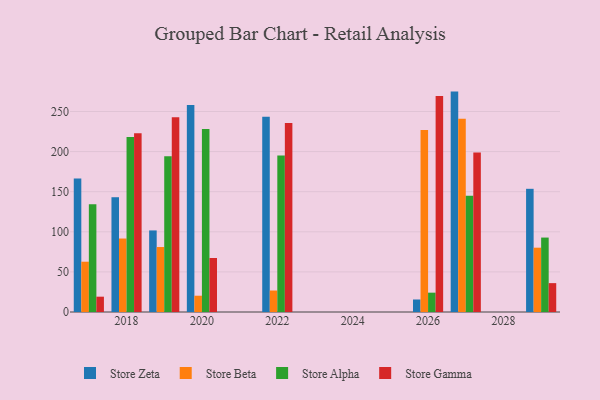
{"axis": {"x": "Year", "y": "Budget (USD K)"}, "legend": ["Store Alpha", "Store Beta", "Store Gamma", "Store Zeta"], "data": [{"x": "2020", "y": 258.0, "type": "Store Zeta"}, {"x": "2020", "y": 20.3, "type": "Store Beta"}, {"x": "2020", "y": 228.2, "type": "Store Alpha"}, {"x": "2020", "y": 67.3, "type": "Store Gamma"}, {"x": "2017", "y": 166.5, "type": "Store Zeta"}, {"x": "2017", "y": 62.7, "type": "Store Beta"}, {"x": "2017", "y": 134.4, "type": "Store Alpha"}, {"x": "2017", "y": 19.1, "type": "Store Gamma"}, {"x": "2022", "y": 243.3, "type": "Store Zeta"}, {"x": "2022", "y": 26.8, "type": "Store Beta"}, {"x": "2022", "y": 195.2, "type": "Store Alpha"}, {"x": "2022", "y": 235.8, "type": "Store Gamma"}, {"x": "2027", "y": 274.8, "type": "Store Zeta"}, {"x": "2027", "y": 241.1, "type": "Store Beta"}, {"x": "2027", "y": 144.9, "type": "Store Alpha"}, {"x": "2027", "y": 198.8, "type": "Store Gamma"}, {"x": "2018", "y": 143.1, "type": "Store Zeta"}, {"x": "2018", "y": 91.6, "type": "Store Beta"}, {"x": "2018", "y": 218.1, "type": "Store Alpha"}, {"x": "2018", "y": 222.9, "type": "Store Gamma"}, {"x": "2019", "y": 101.7, "type": "Store Zeta"}, {"x": "2019", "y": 81.0, "type": "Store Beta"}, {"x": "2019", "y": 194.2, "type": "Store Alpha"}, {"x": "2019", "y": 242.8, "type": "Store Gamma"}, {"x": "2026", "y": 15.6, "type": "Store Zeta"}, {"x": "2026", "y": 226.9, "type": "Store Beta"}, {"x": "2026", "y": 24.1, "type": "Store Alpha"}, {"x": "2026", "y": 269.2, "type": "Store Gamma"}, {"x": "2029", "y": 153.6, "type": "Store Zeta"}, {"x": "2029", "y": 80.2, "type": "Store Beta"}, {"x": "2029", "y": 92.8, "type": "Store Alpha"}, {"x": "2029", "y": 36.0, "type": "Store Gamma"}]}